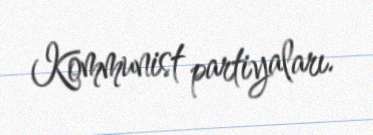
Kommunist partiyaları.